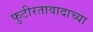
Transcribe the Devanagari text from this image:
फुटीरतावादाच्या